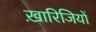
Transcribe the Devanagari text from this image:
ख़ारिजियों